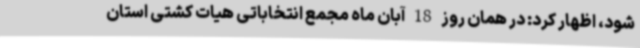
شود، اظهار کرد: در همان روز 18 آبان ماه مجمع انتخاباتی هیات کشتی استان